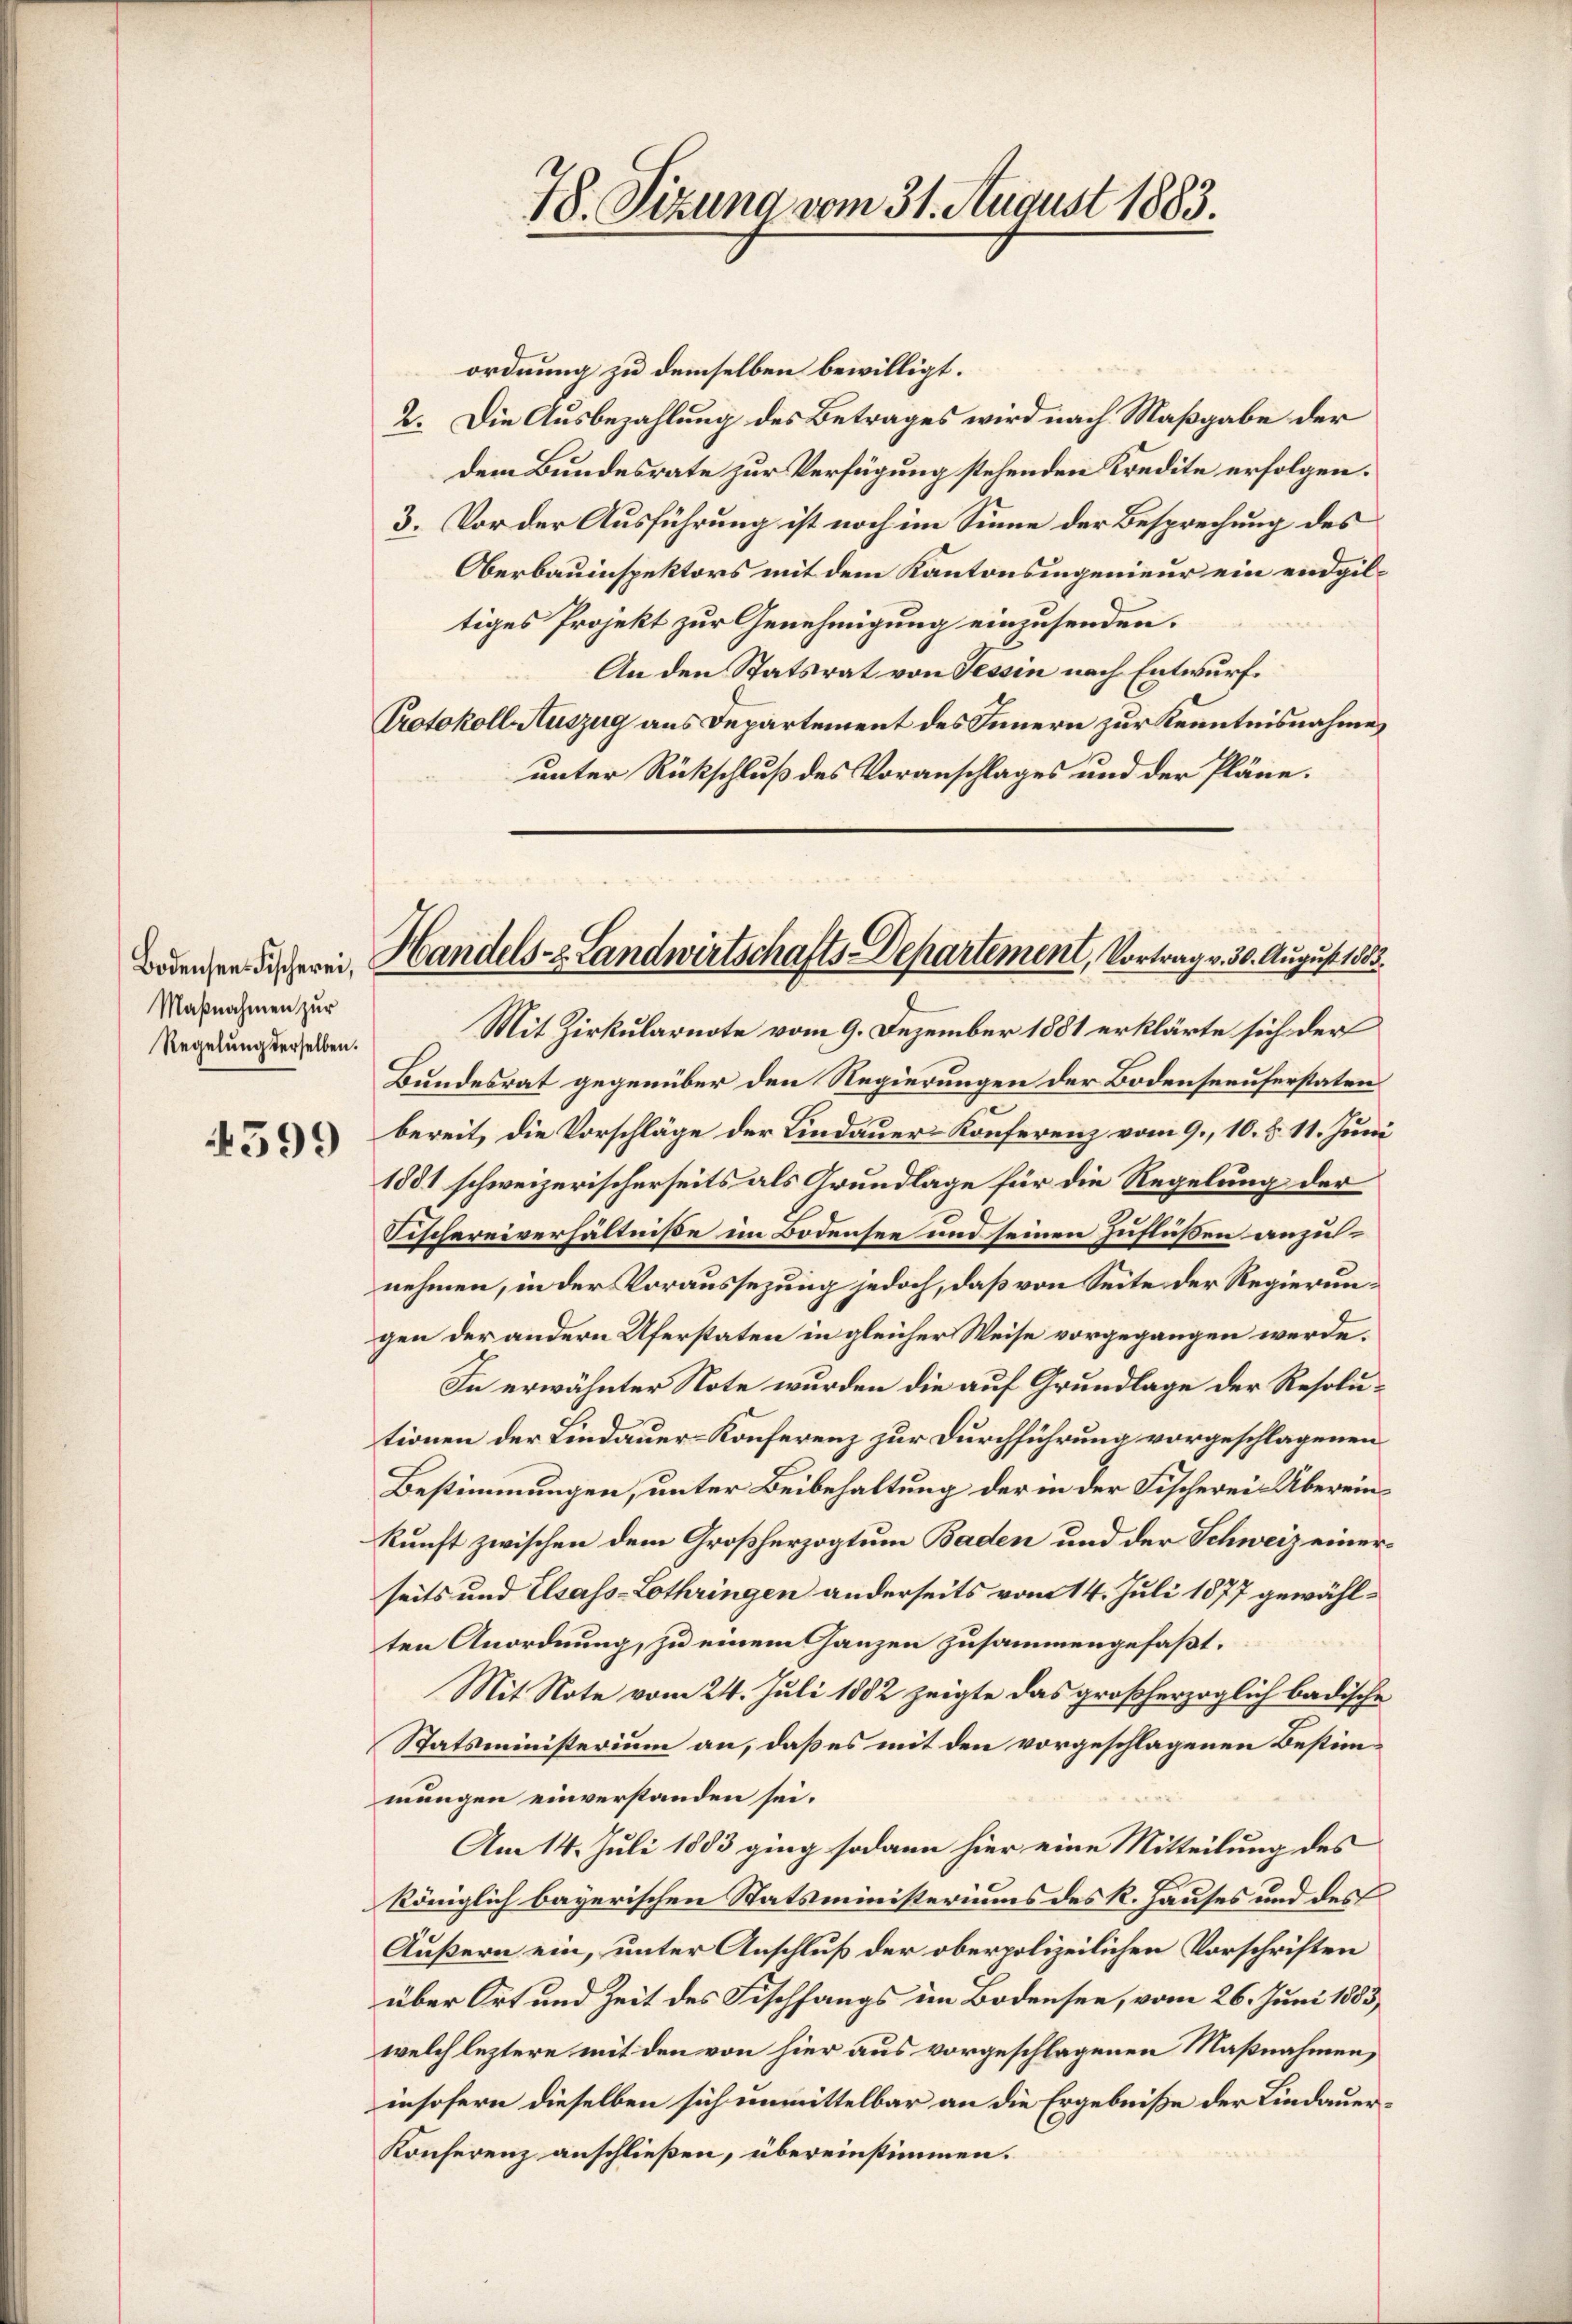
Bodensen Fischerei,
Maßnahmen zur
Regelung derselben.

599

Handels- & Landwirtschafts-Departement, Vortrag v. 30. August 1885.

48. Sizung vom 31. August 1883.

ordnung zu demselben bewilligt.
2. Die Ausbezahlung des Betrages wird nach Maßgabe der
dem Bundesrate zur Verfügung stehenden Kredite erfolgen.
3. Vor der Ausführung ist noch im Sinne der Besprechung des
Oberbauinspektors mit dem Kantonsingenieur ein endgiltiges Projekt zur Genehmigung einzusenden.
An den Statsrat von Tessin nach Entwurf.
Protokoll Auszug aus Departement des Innern zur Kenntnisnahme
unter Rückschluß des Voranschlages und der Pläne.
Mit Zirkularnote vom 9. Dezember 1881 erklärte sich der
Bundesrat gegenüber den Regierungen der Bodenseeuferstaten
n
bereit, die Vorschläge der Lindauer-Konferenz vom 9., 10. §. 11. Juni
1881 schweizerischerseits als Grundlage für die Regelung der
Fischereiverhältniße im Bodensee und seinen Zuflüßen anzunehmen, in der Voraussezung jedoch, daß von Seite der Regierungen der andern Uferstaten in gleicher Weise vorgegangen werde.
In erwähnter Note wurden die auf Grundlage der Resolutionen der Lindauer-Konferenz zur Durchführung vorgeschlagenen
Bestimmungen, unter Beibehaltung der in der Fischerei. Übereinkunft zwischen dem Großherzogtum Baden und der Schweiz einer
seits und Elsass-Lothringen anderseits vom 14. Juli 1877 gewählten Anordnung, zu einem Ganzen zusammengefaßt.
Mit Note vom 24. Juli 1882 zeigte das großherzoglich badische
Statsministerium an, daß es mit den vorgeschlagenen Bestimmungen einverstanden sei.
Am 14. Juli 1883 ging sodann hier eine Mitteilung des
königlich bayerischen Statsministeriums des R. Hauses und des
Äußern ein, unter Anschluß der oberpolizeilichen Vorschriften
über Ort und Zeit des Fischfangs im Bodensee, vom 26. Juni 1883
welch leztere mit den von hier aus vorgeschlagenen Maßnahmen,
insofern dieselben sich unmittelbar an die Ergebniße der Lindauer¬
Konferenz anschließen, übereinstimmen.